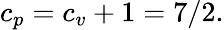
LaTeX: c_{p}=c_{v}+1=7/2.